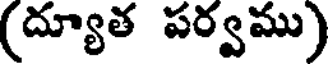
(ద్యూత పర్వము)